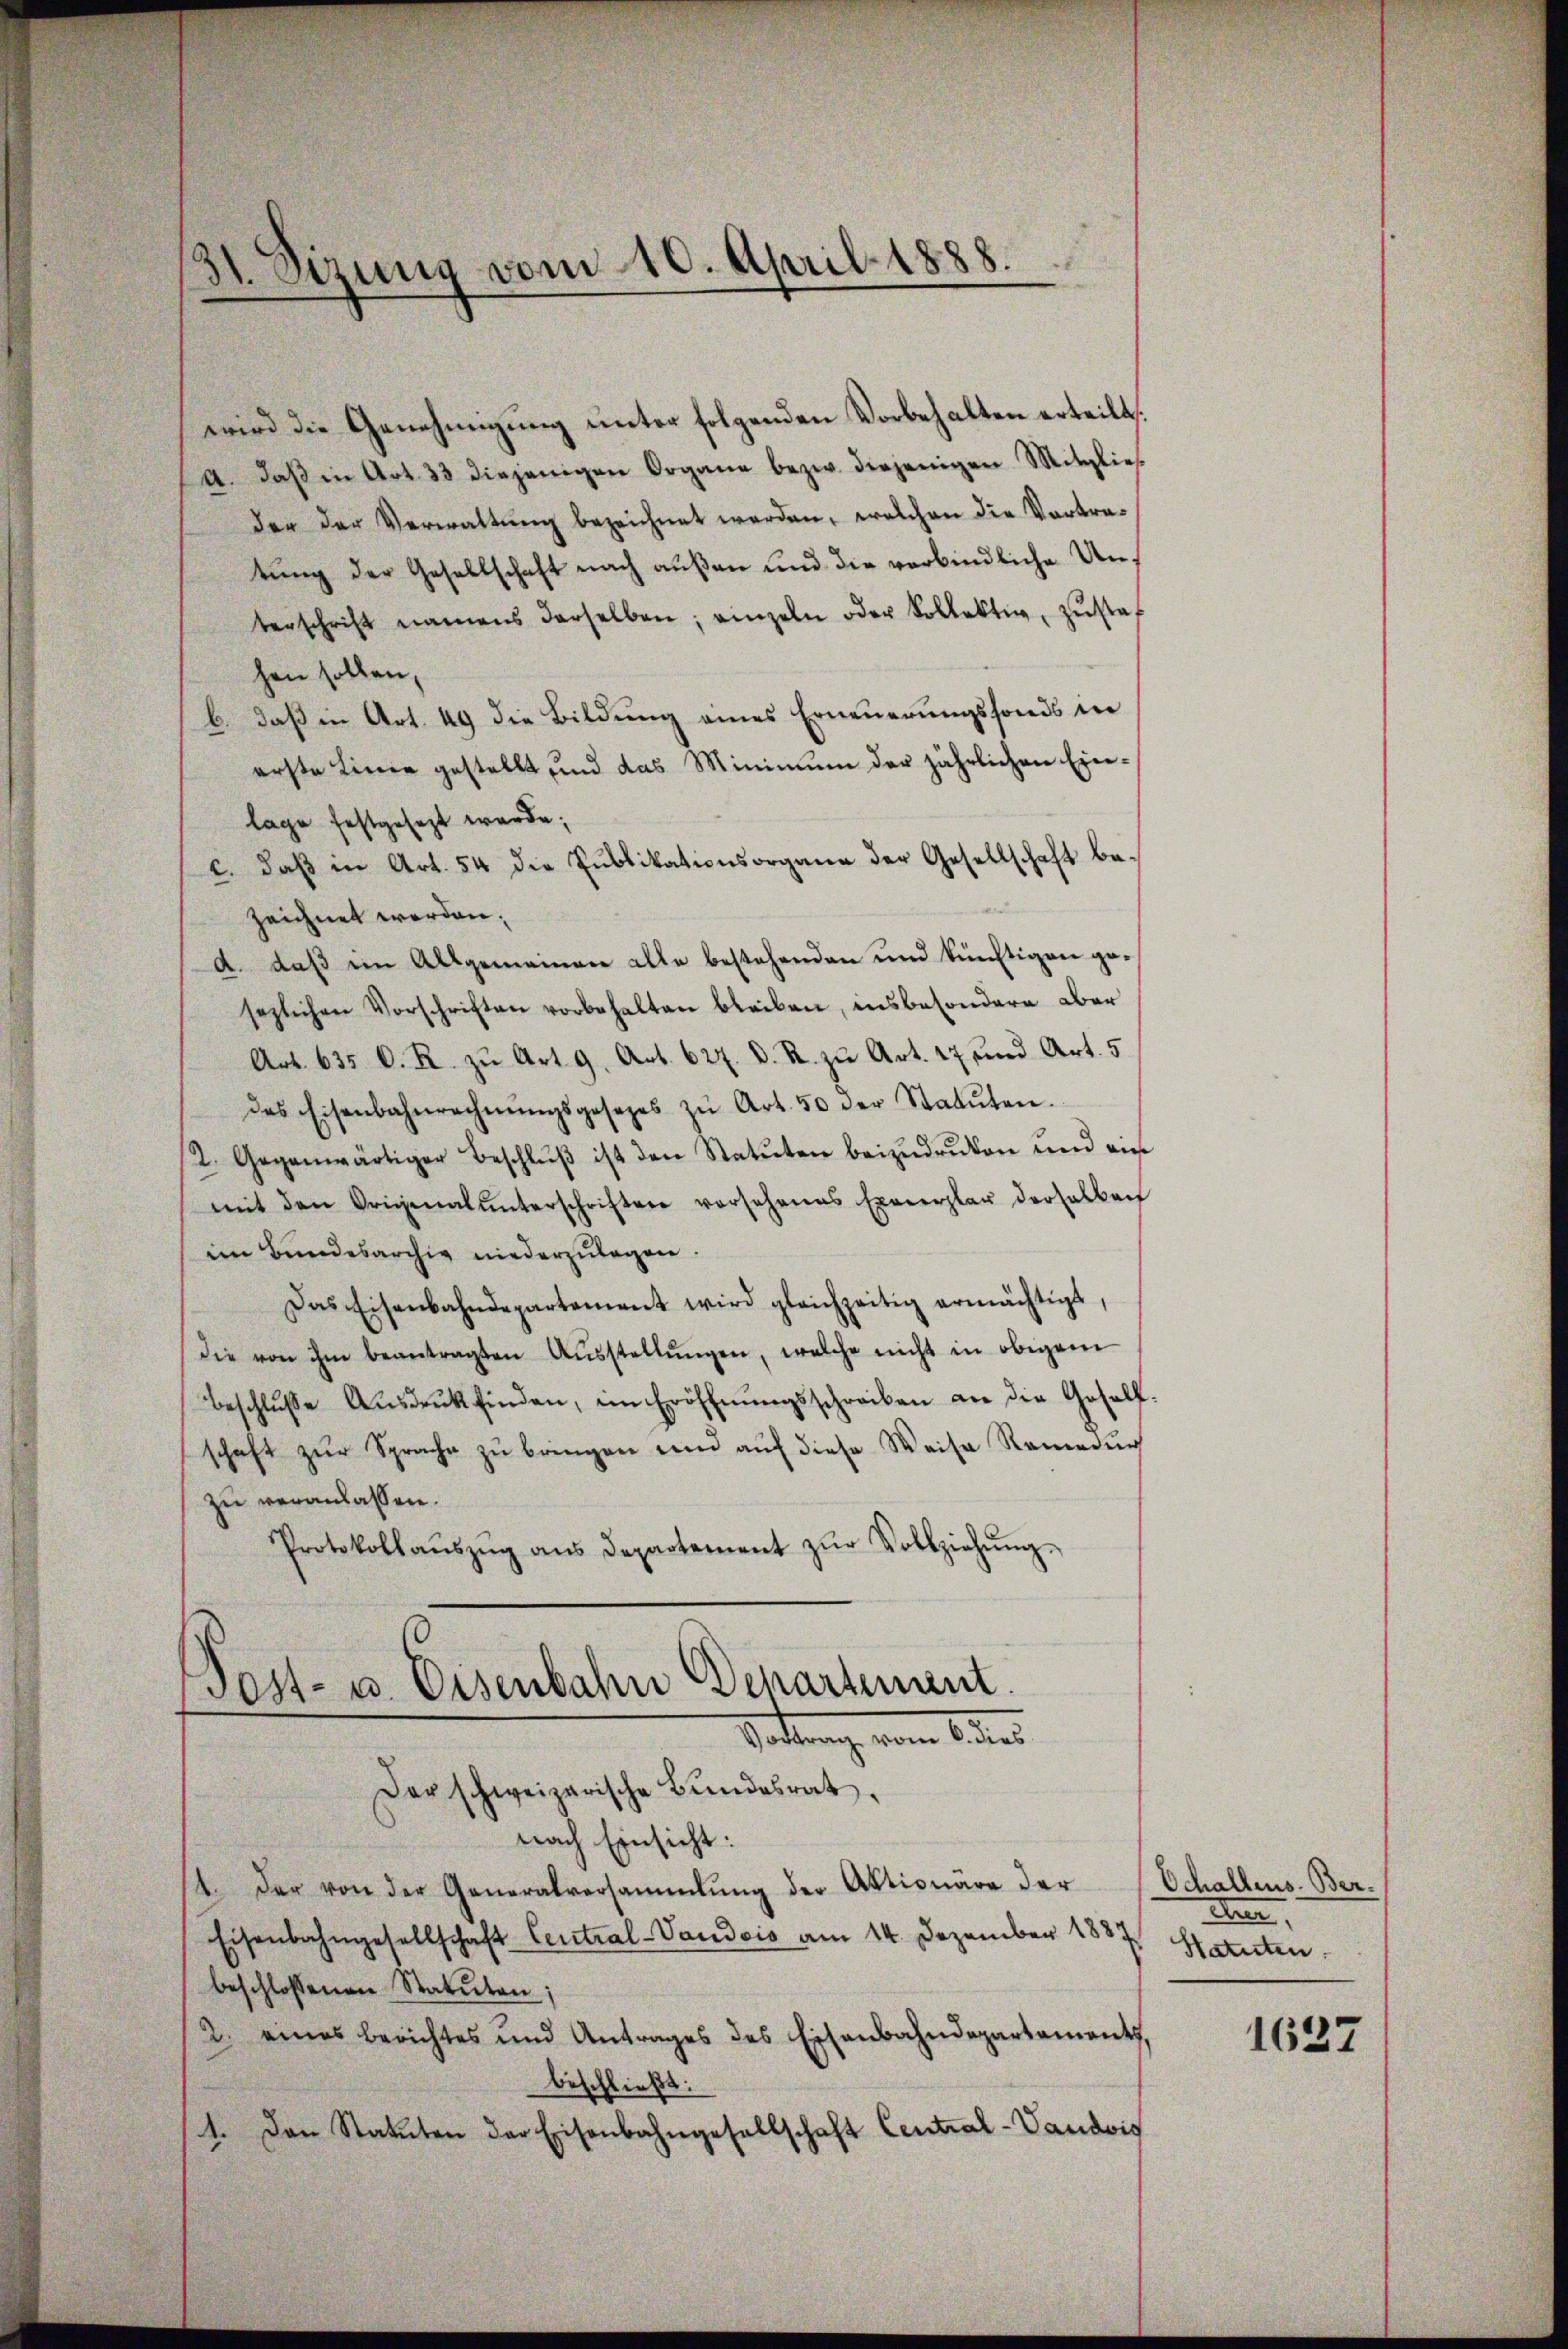
31. Sizung vom 10. April 1888.

wird die Genehmigung unter folgenden Vorbehalten erteilt.
A. daß in Art. 33 diejenigen Organe bezw. diejenigen Mitgließ
der der Verwaltung bezeichnet werden, welchen die Vortratung der Gesellschaft nach außen und die verbindliche Unterschrift namens derselben; einzeln oder Kollektiv, zŭstaf
hen sollen,
b. daß in Art. 49 die Bildung eines Erneuerungsfonds in
erste Linie gestellt und das Minimum der jährlichen Einlage festgesezt werde;
c. daß in Art. 54 die Publikationsorgane der Gesellschaft bezeichnet werden.
d. daß im Allgemeinen alle bestehenden und künftigen gesezlichen Vorschriften vorbehalten bleiben, insbesondere aber
Art. 635 C. R. zu Art. 9. Art. 627. d. R. zu Art. 17 und Art. 5
des Eisenbahnrechnŭngsgesetzes zŭ Art. 50 der Statuten.
2. Gegenwärtiger Beschluß ist den Statuten beizudruken und ein
mit den Originalunterschriften vorsehenes Exemplar derselben
im Bundesarchiv niederzulagen.
Das Eisenbahndepartement wird gleichzeitig ermächtigt,
Die von ihm beantragten Aŭsstellŭngen, welche nicht in obigem
beschlŭβe Aŭsdrŭckfinden, im Eröffnŭngsschreiben an die Gesellschaft zŭr Sprache zŭ bringen und aŭf diese Weise Remedur
zŭ veranlassen.
Protokollaŭszŭg ans Departement zŭr Vollziehŭng
Pest- u. Eisenbahn Departement.
Saltung vom 6 ten
Der schweizerische Bundesrat,
nach Einsicht:
14. Der von der Generalversammlung der Aktionäre der Schallens-Ber¬
Eisenbahngesellschaft Central-Vaudois am 14. Dezember 1887 Statuten
beschlossenen Statuten;
2. eines berichtes und Antrages des Eisenbahndepartements,
beschließt:
1. Den Statuten der Eisenbahngesellschaft Central-Vaudois

Auer,

1637